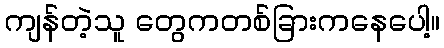
ကျန်တဲ့သူ တွေကတစ်ခြားကနေပေါ့။